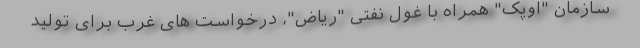
سازمان "اوپک" همراه با غول نفتی "ریاض"، درخواست های غرب برای تولید